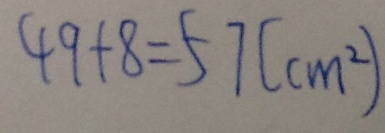
4 9 + 8 = 5 7 ( c m ^ { 2 } )